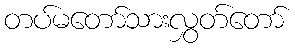
တပ်မတော်သားလွှတ်တော်